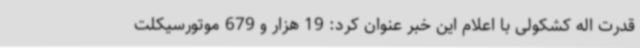
قدرت اله کشکولی با اعلام این خبر عنوان کرد: 19 هزار و 679 موتورسیکلت